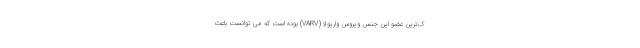
ک‌ترین عضو این جنس ویروس واریولا (VARV) بوده است که می توانست باعث